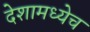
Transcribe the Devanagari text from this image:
देशामध्येच